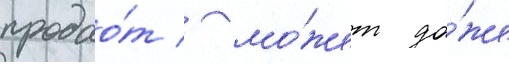
продао́т / мо́жет да́же